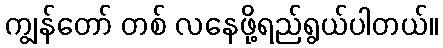
ကျွန်တော် တစ် လနေဖို့ရည်ရွယ်ပါတယ်။